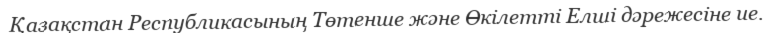
Қазақстан Республикасының Төтенше және Өкілетті Елші дәрежесіне ие.